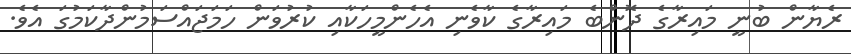
ރެޔާން ބުނީ މައިރާގެ ދޮންބެ މައިރާގެ ކާވެނި އެހެންމީހަކާއި ކުރުވަން ހަމަޖައްސަމުންދާކަމުގަ އެވެ.